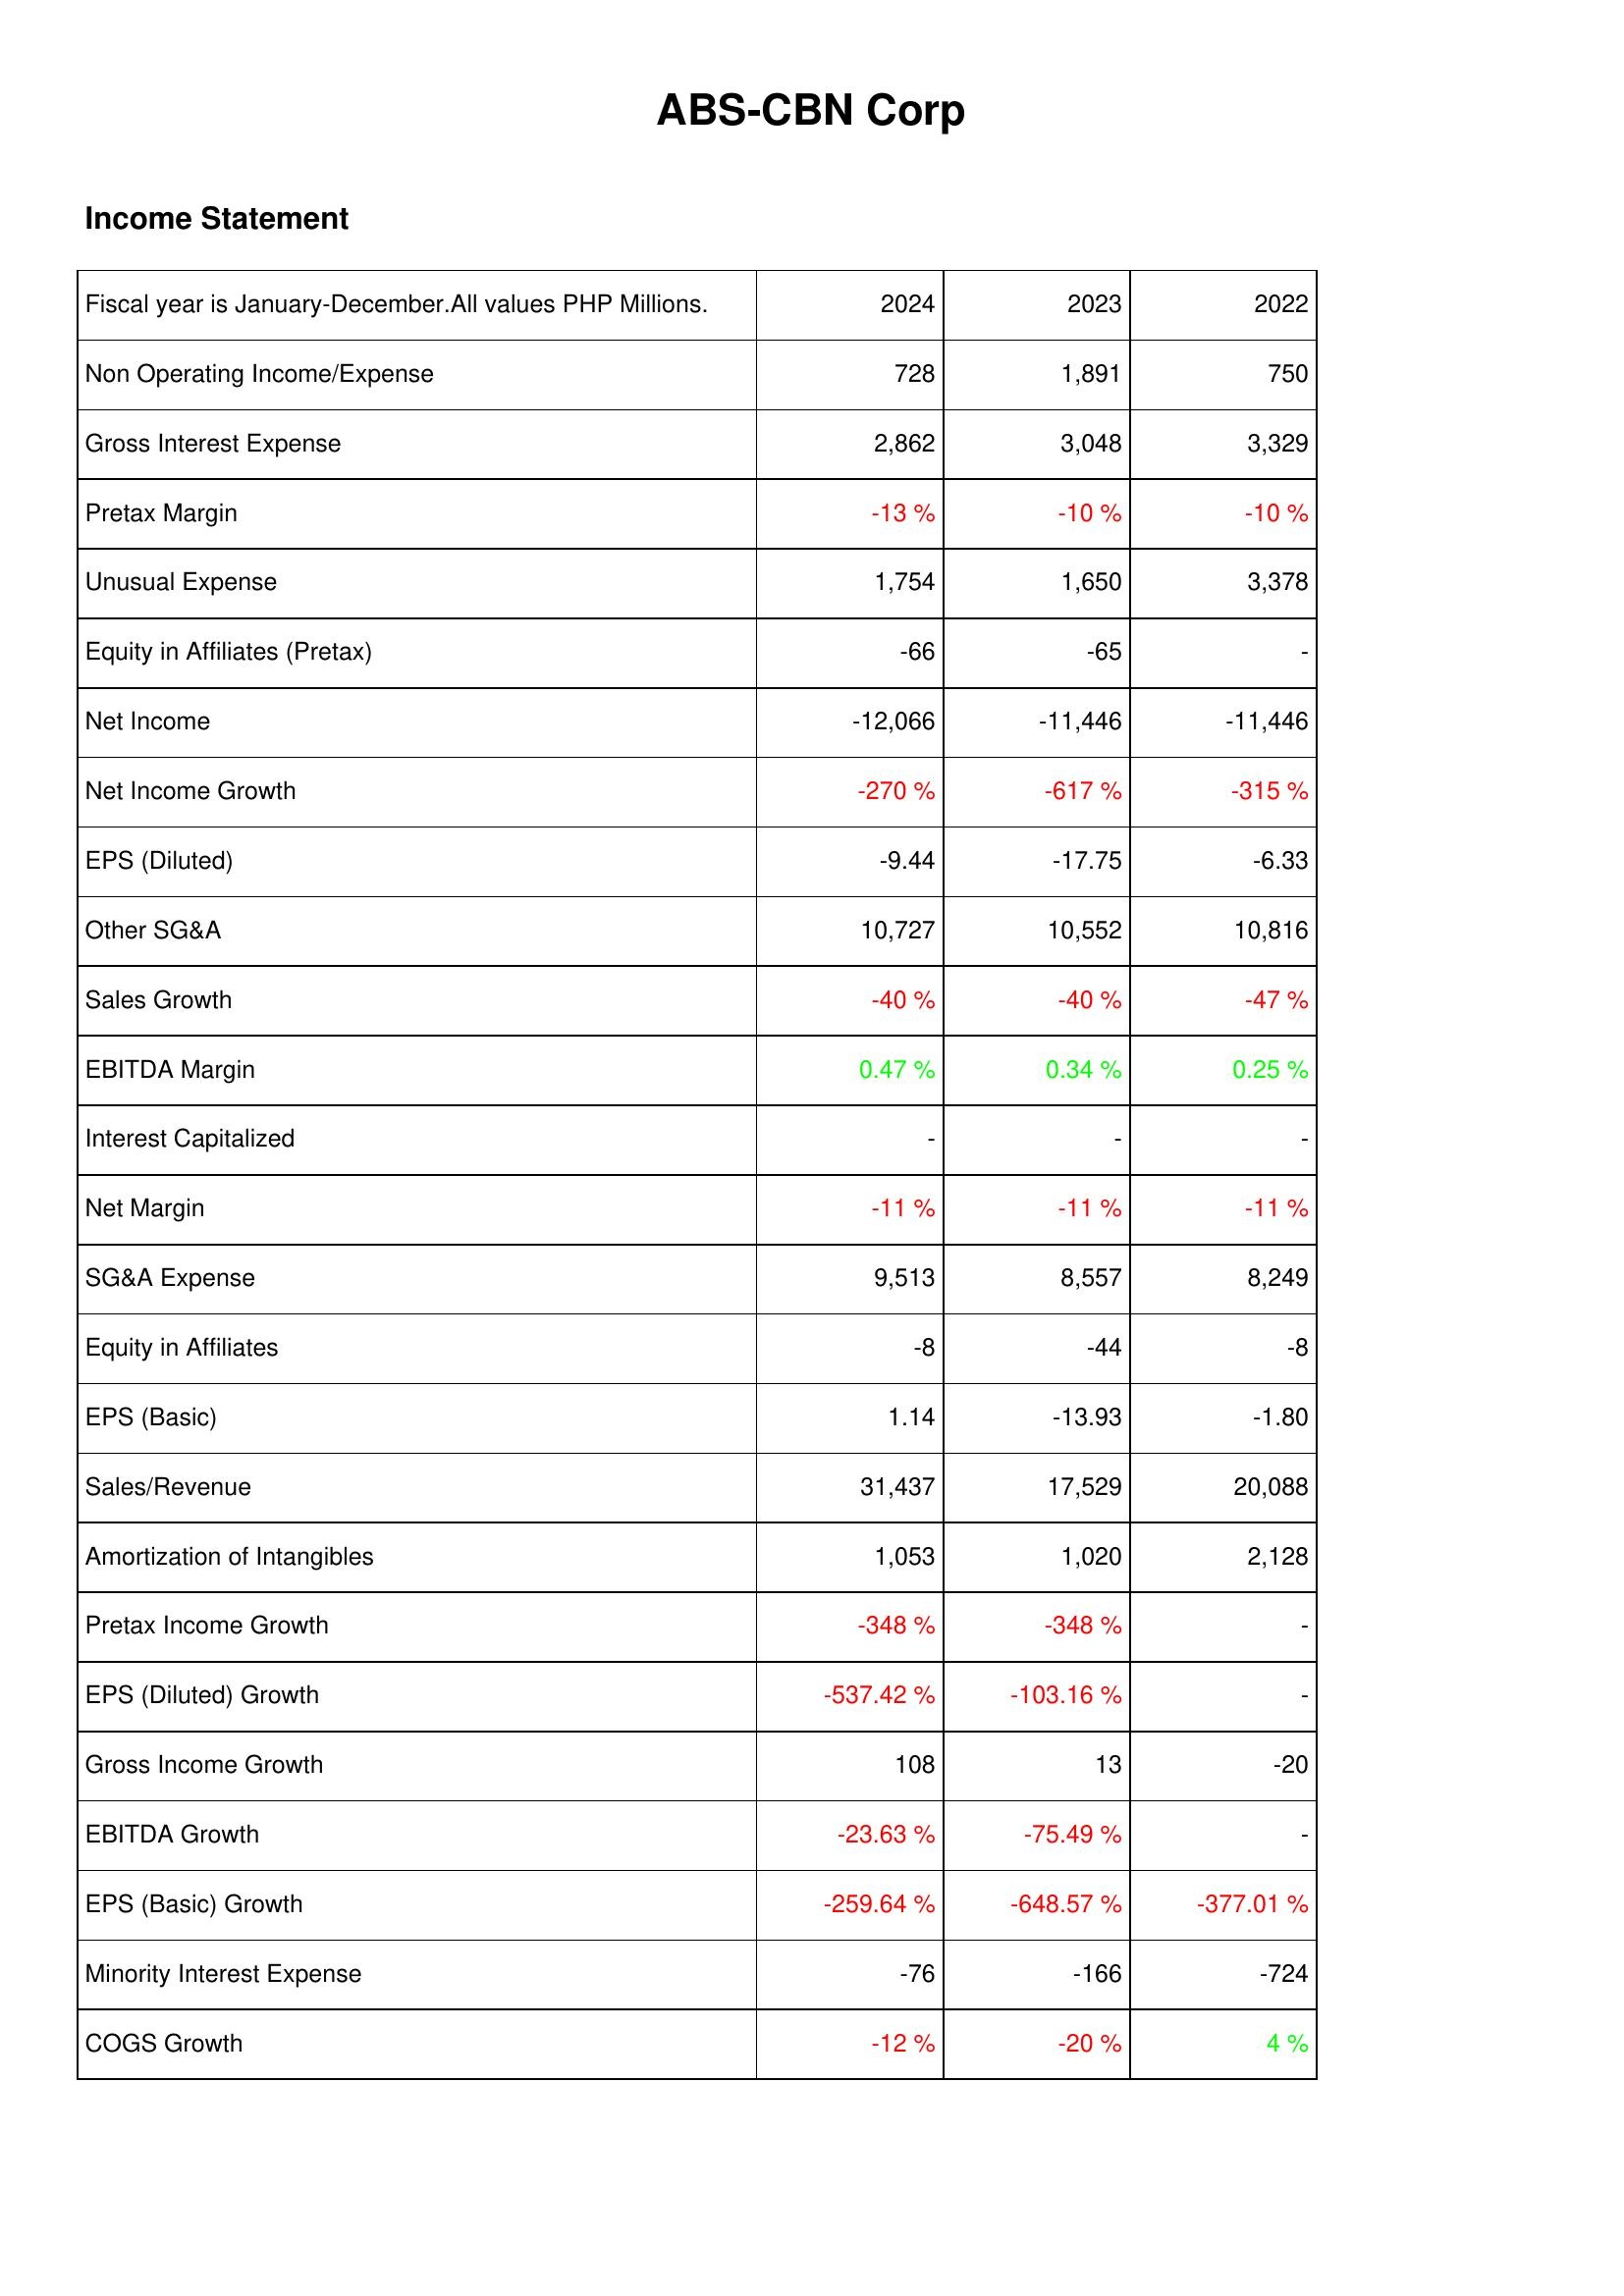
2024: Income Statement: Non Operating Income/Expense: 728
Gross Interest Expense: 2,862
Pretax Margin: -13 %
Unusual Expense: 1,754
Equity in Affiliates (Pretax): -66
Net Income: -12,066
Net Income Growth: -270 %
EPS (Diluted): -9.44
Other SG&A: 10,727
Sales Growth: -40 %
EBITDA Margin: 0.47 %
Interest Capitalized: -
Net Margin: -11 %
SG&A Expense: 9,513
Equity in Affiliates: -8
EPS (Basic): 1.14
Sales/Revenue: 31,437
Amortization of Intangibles: 1,053
Pretax Income Growth: -348 %
EPS (Diluted) Growth: -537.42 %
Gross Income Growth: 108
EBITDA Growth: -23.63 %
EPS (Basic) Growth: -259.64 %
Minority Interest Expense: -76
COGS Growth: -12 %
2023: Income Statement: Non Operating Income/Expense: 1,891
Gross Interest Expense: 3,048
Pretax Margin: -10 %
Unusual Expense: 1,650
Equity in Affiliates (Pretax): -65
Net Income: -11,446
Net Income Growth: -617 %
EPS (Diluted): -17.75
Other SG&A: 10,552
Sales Growth: -40 %
EBITDA Margin: 0.34 %
Interest Capitalized: -
Net Margin: -11 %
SG&A Expense: 8,557
Equity in Affiliates: -44
EPS (Basic): -13.93
Sales/Revenue: 17,529
Amortization of Intangibles: 1,020
Pretax Income Growth: -348 %
EPS (Diluted) Growth: -103.16 %
Gross Income Growth: 13
EBITDA Growth: -75.49 %
EPS (Basic) Growth: -648.57 %
Minority Interest Expense: -166
COGS Growth: -20 %
2022: Income Statement: Non Operating Income/Expense: 750
Gross Interest Expense: 3,329
Pretax Margin: -10 %
Unusual Expense: 3,378
Equity in Affiliates (Pretax): -
Net Income: -11,446
Net Income Growth: -315 %
EPS (Diluted): -6.33
Other SG&A: 10,816
Sales Growth: -47 %
EBITDA Margin: 0.25 %
Interest Capitalized: -
Net Margin: -11 %
SG&A Expense: 8,249
Equity in Affiliates: -8
EPS (Basic): -1.80
Sales/Revenue: 20,088
Amortization of Intangibles: 2,128
Pretax Income Growth: -
EPS (Diluted) Growth: -
Gross Income Growth: -20
EBITDA Growth: -
EPS (Basic) Growth: -377.01 %
Minority Interest Expense: -724
COGS Growth: 4 %